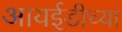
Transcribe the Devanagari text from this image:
आयईडीच्या